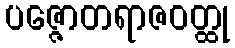
ပဇ္ဇောတရာဇဝတ္ထု